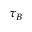
\tau _ { B }